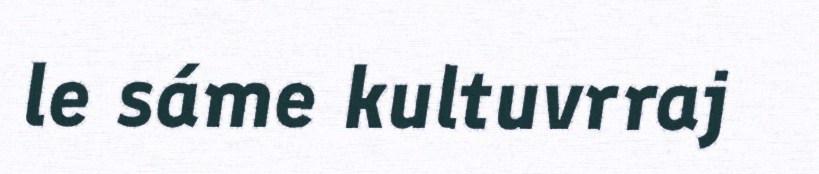
le sáme kultuvrraj